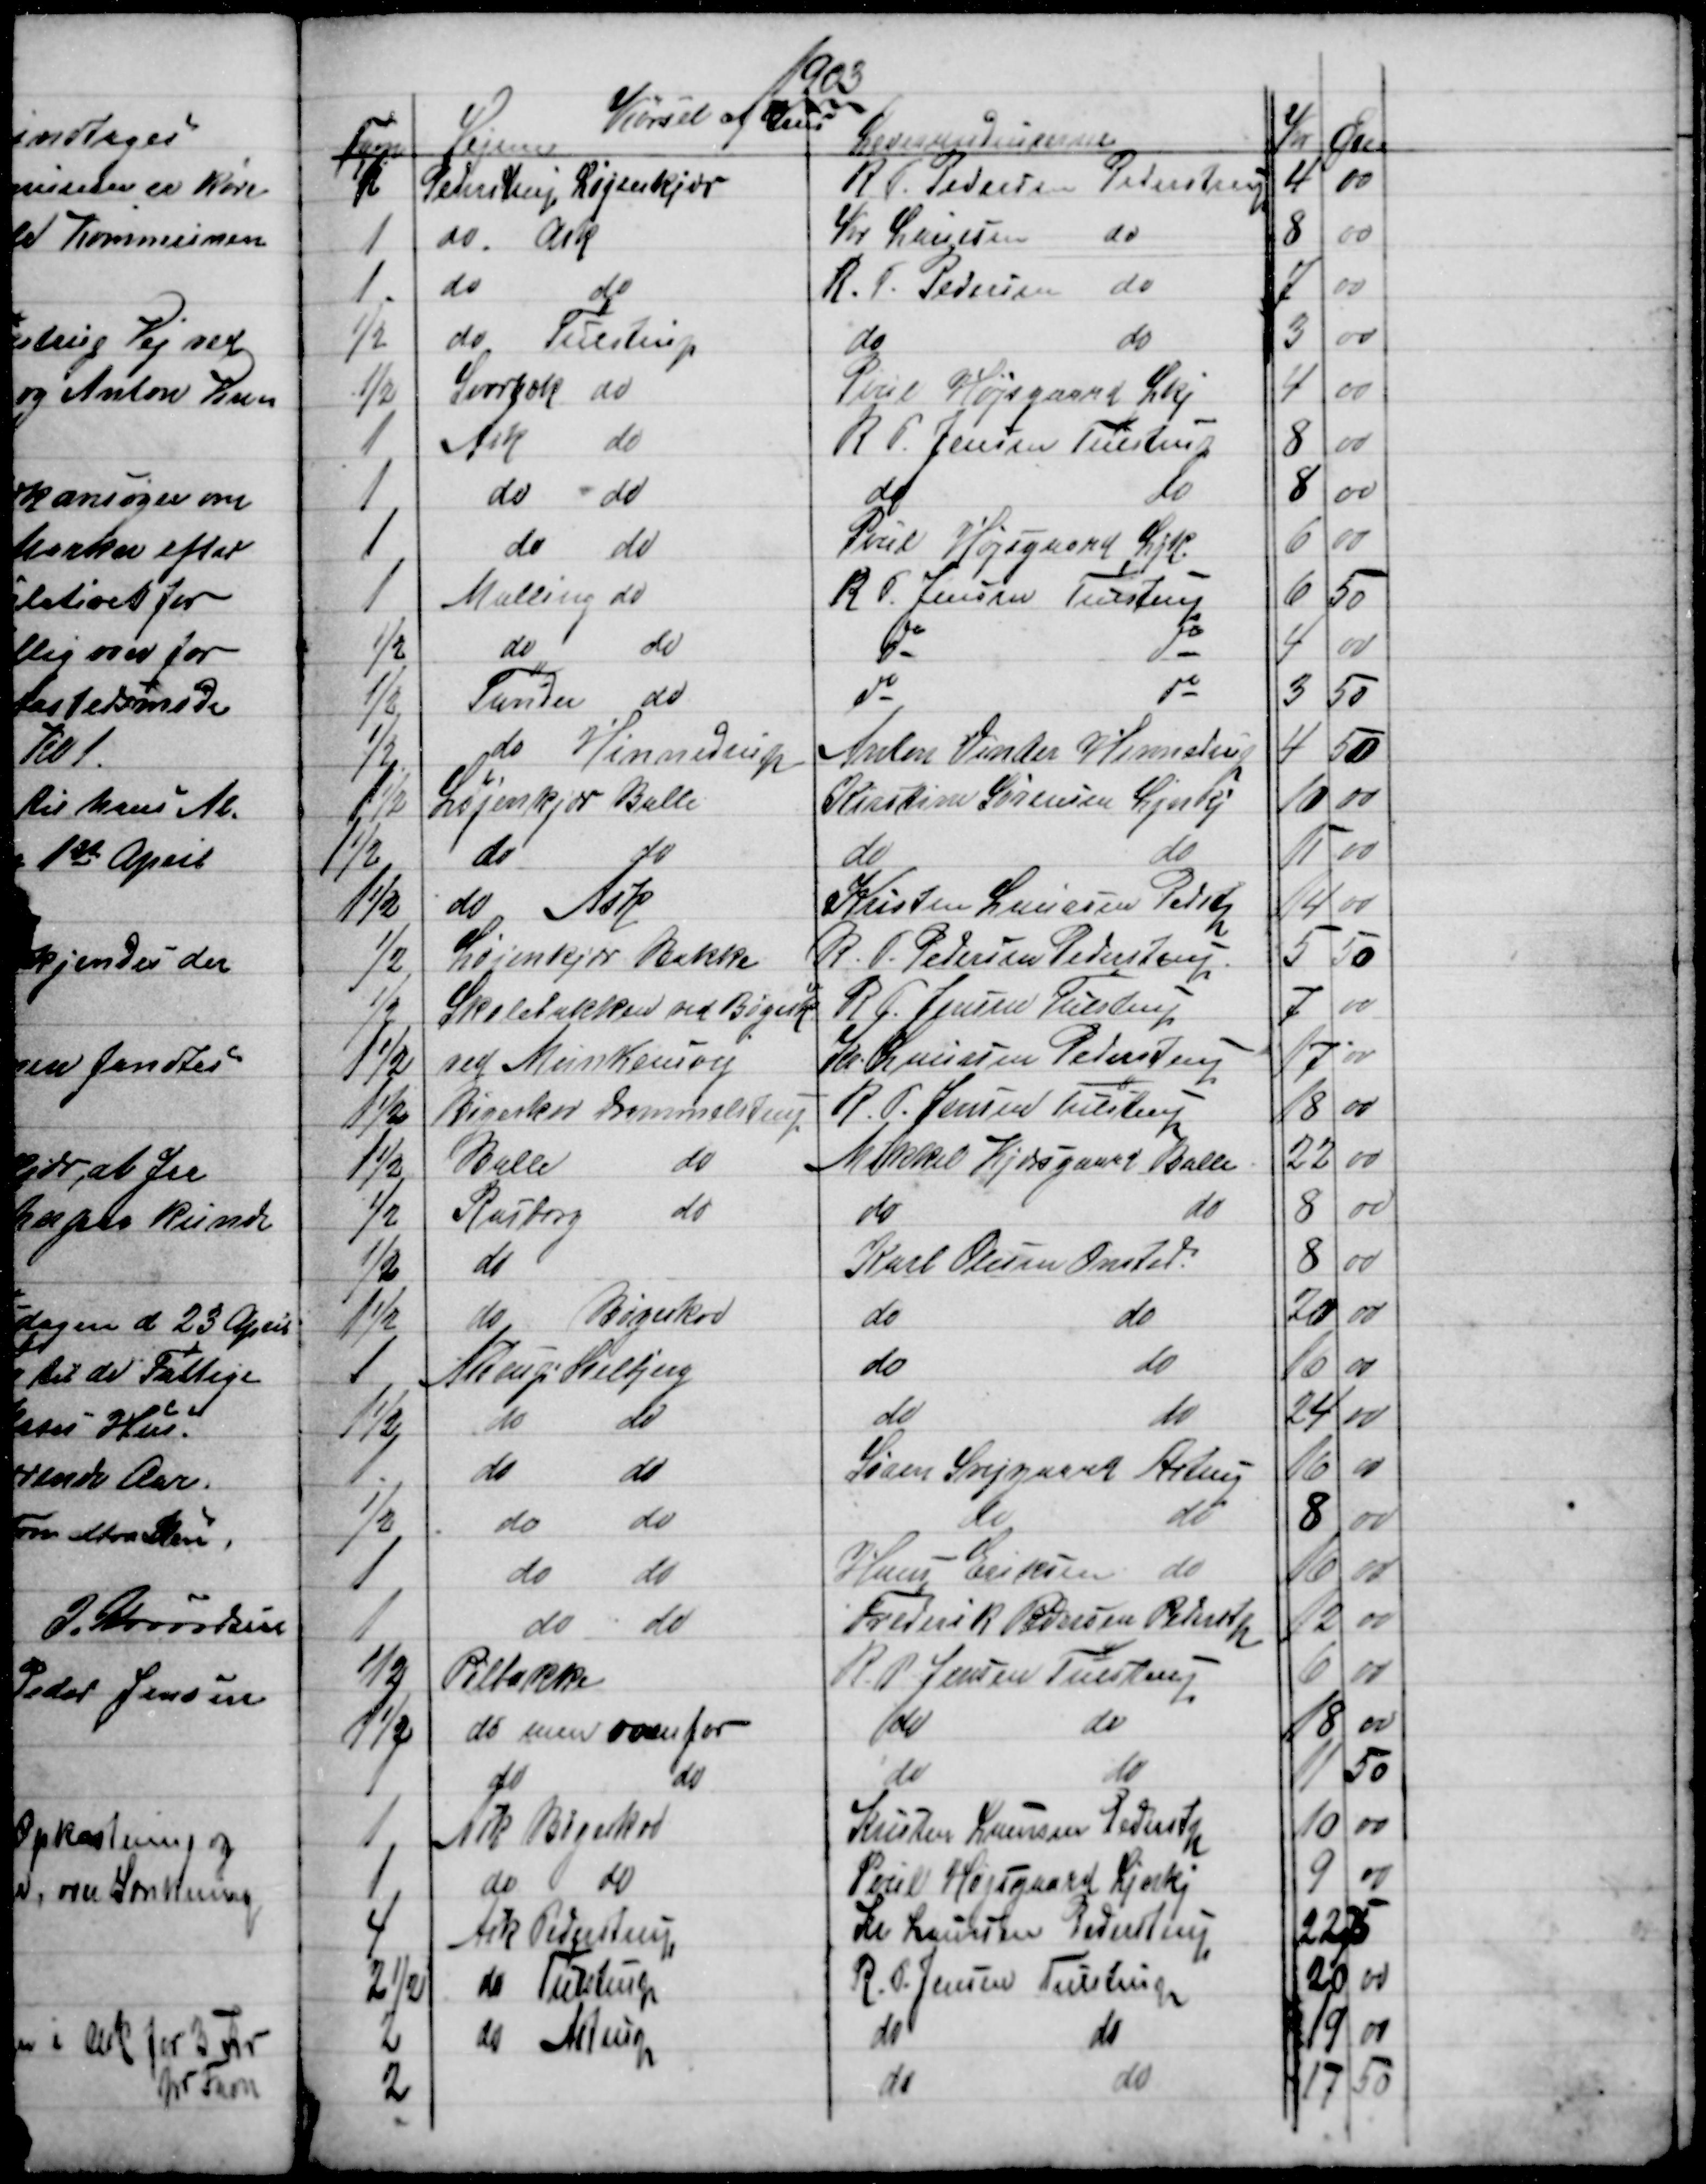
Transskription:
1903
Kørsel af Grus
Favn
Vejene
Leverandeurerne
Kr
Øre
1
Pederstrup Løjenkjær
R. P. Pedersen Pederstrup
4
00
1
do Ask
Kr Laursen 
do
8
00
1
do
do
R. P. Pedersen do
7
00
½
do 
Tulstrup
do
do
3
00
½
Svorbæk do
Poul Højsgaard Lkj
4
00
1
Ask 
do
R. P. Jensen Tulstrup
8
00
1
do 
do
do
do
8
00
1
do 
do
Poul Højsgaard Ljk.
6
00
1
Malling do
R. P. Jensen Tulstrup
6
50
½
do
do
do
do
4
00
½
Tander
do
do
do
3
50
½
do 
Hinnedrup
Anton Vinter Hinnedrup
4
50
1½
Løjenkjær Balle
Kirstine Sørensen Ljnkj
10
00
1½
do
do
do
do
11
00
1½
do
Ask
Kristen Laursen Pedstp
14
00
½
Løjenkjær Bakke
R. P. Pedersen Pederstrup
5
50
½
Skolebakken ved Bøgesk
 R.P. Jensen Tulstrup
7
00
1½
ved Munkensvej
Kr. Laursen Pederstrup
17
00
1½
Bøgeskov Drammelstrup
R. P. Jensen Tulstrup
18
00
1½
Balle
do
Mikkel Kjærsgaard Balle
22
00
½
Rasborg 
do
do
do
8
00
½
do
Karl Olesen Onsted.
8
00
1½
do
Bøgeskov
do
do
20
00
1
Astrup = Soelbjerg
do
do
16
00
1½
do
do
do
do
24
00
1
do
do
Søren Svejgaard Astrup
16
00
½
do
do
do
do
8
00
1
do
do
Hans Eriksen do
16
00
1
do
do
Frederik Pedersen Pederstp
12
00
½
Pilbakke
R. P. Jensen Tulstrup
6
00
1½
do som ovenfor
do
do
18
00
1
do
do
do
do
11
50
1
Ask Bøgeskov
Kristen Laursen Pederstp
10 00
1
do
do
Poul Højsgaard Ljnkj
9 00
4
Ask Pederstrup
Kr Laursen Pederstrup
22 75
2½
do Tulstrup
R. P. Jensen Tulstrup
20 00
2
do Astrup
do
do
19
00
2
do
do
17 50